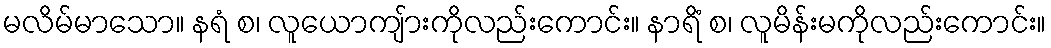
မလိမ်မာသော။ နရံ စ၊ လူယောကျ်ားကိုလည်းကောင်း။ နာရိံ စ၊ လူမိန်းမကိုလည်းကောင်း။